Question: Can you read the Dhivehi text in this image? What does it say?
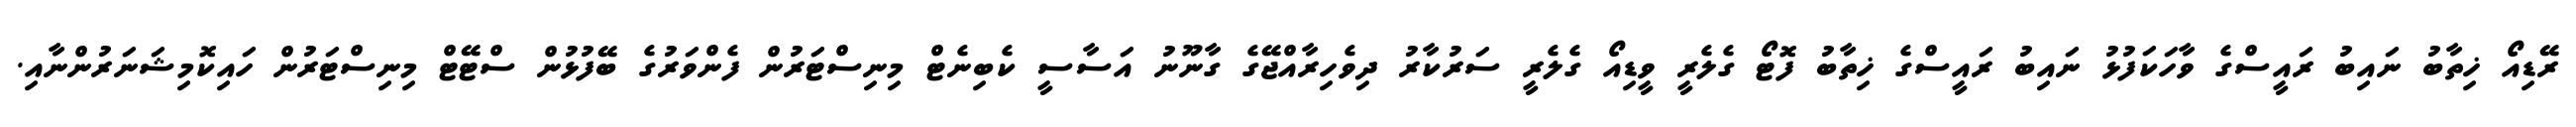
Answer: ރޭޑިއޯ ޚިތާބު ނައިބު ރައީސްގެ ވާހަކަފުޅު ނައިބު ރައީސްގެ ޚިތާބު ފޮޓޯ ގެލެރީ ވީޑިއޯ ގެލެރީ ސަރުކާރު ދިވެހިރާއްޖޭގެ ގާނޫނު އަސާސީ ކެބިނެޓް މިނިސްޓަރުން ފެންވަރުގެ ބޭފުޅުން ސްޓޭޓް މިނިސްޓަރުން ހައިކޮމިޝަނަރުންނާއި.